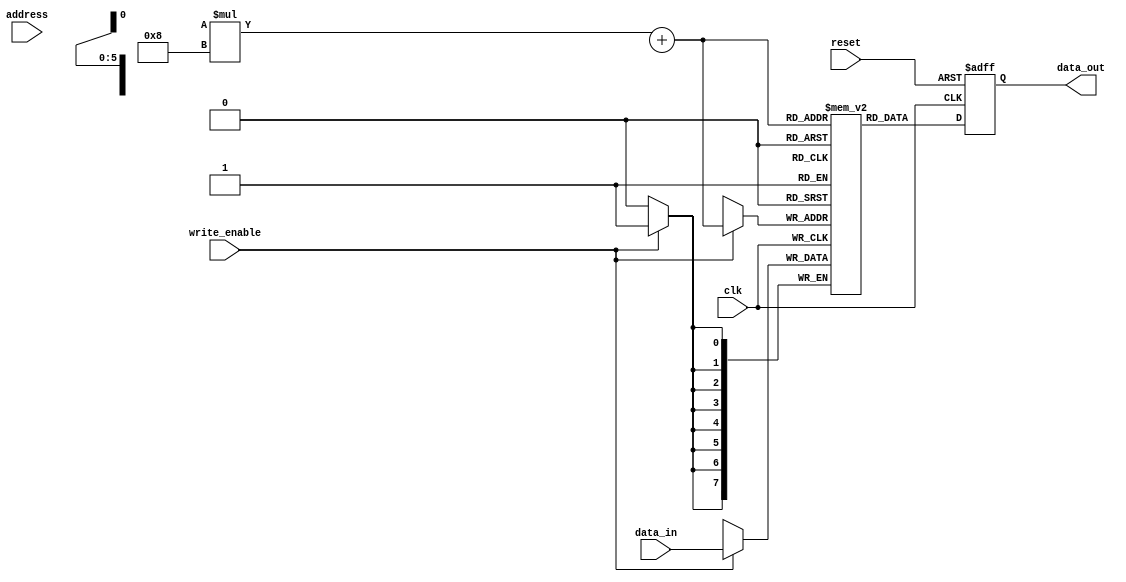
module MRAM (
    input wire clk,
    input wire reset,
    input wire [7:0] address,
    input wire write_enable,
    input wire [7:0] data_in,
    output reg [7:0] data_out
);

// Memory grid parameters
parameter NUM_COLS = 8;
parameter NUM_ROWS = 8;
reg [7:0] memory[NUM_COLS - 1 : 0][NUM_ROWS - 1 : 0];

// Control logic for selecting memory element
reg [2:0] row_sel;
reg [2:0] col_sel;

// Read operation
always @(posedge clk or posedge reset) begin
    if (reset) begin
        data_out <= 8'b0;
    end else begin
        data_out <= memory[col_sel][row_sel];
    end
end

// Write operation
always @(posedge clk) begin
    if (write_enable) begin
        memory[col_sel][row_sel] <= data_in;
    end
end

endmodule